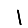
Digit: 1